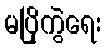
မပြိုကွဲရေး